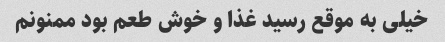
خیلی به موقع رسید غذا و خوش طعم بود ممنونم